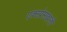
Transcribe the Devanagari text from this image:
एक्स्प्रेसखाली